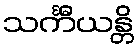
သင်္ကီယန္တိ